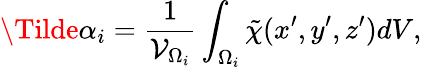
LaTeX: \Tilde{\alpha}_{i}=\frac{1}{\mathcal{V}_{\Omega_{i}}}\int_{\Omega_{i}}\tilde{\chi}(x^{\prime},y^{\prime},z^{\prime})dV,